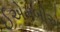
ઈએમબીએ